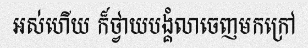
អស់ហើយ ក៏ថ្វាយបង្គំលាចេញមកក្រៅ